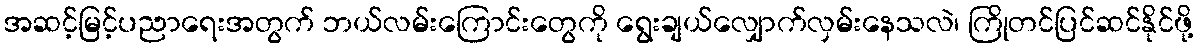
အဆင့်မြင့်ပညာရေးအတွက် ဘယ်လမ်းကြောင်းတွေကို ရွေးချယ်လျှောက်လှမ်းနေသလဲ၊ ကြိုတင်ပြင်ဆင်နိုင်ဖို့